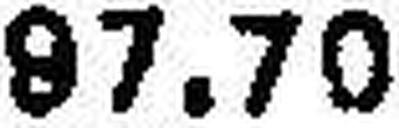
97.70